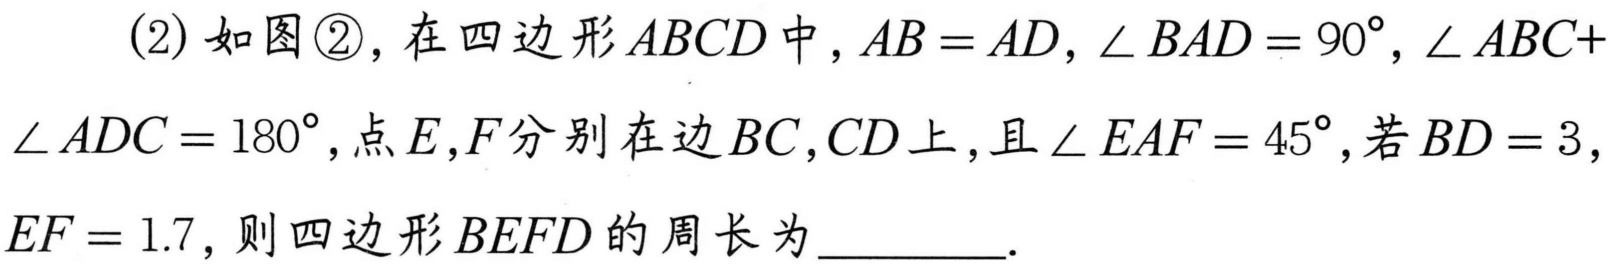
(2) 如图\textcircled{2}，在四边形 \(ABCD\) 中，\(AB = AD\)，\(\angle BAD = 90^{\circ}\)，\(\angle ABC + \angle ADC = 180^{\circ}\)，点 \(E,F\)分别在边 \(BC,CD\)上，且\(\angle EAF = 45^{\circ}\)，若 \(BD = 3\)，\(EF = 1.7\)，则四边形 \(BEFD\)的周长为  ．